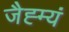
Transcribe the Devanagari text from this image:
जैह्म्यं